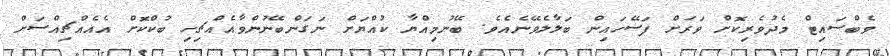
ވެބްސައިޓް މެދުވެރިކޮށް ވަރަށް ފަސޭހައިން ބަލާލެވޭނެއެވެ. ބޭނުމިއްޔާ ކުއްޔަށް ނަގަންބޭނުންވާއެއްޗިހި ބުކްކޮށް އެއެއްޗިއްސަށް